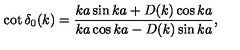
\cot \delta _ { 0 } ( k ) = \frac { k a \sin k a + D ( k ) \cos k a } { k a \cos k a - D ( k ) \sin k a } ,